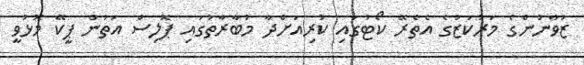
ޒުވާނުންގެ މަރުކަޒުގެ އެތެރޭ ކޯޓުގައި ކުރިއަށްދާ މުބާރާތުގައި ޕޮލިސް އަތުން ޕީކޭ މޮޅުވީ